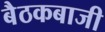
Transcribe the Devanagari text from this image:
बैठकबाजी